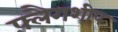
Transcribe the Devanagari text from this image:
फ्लैगशीप